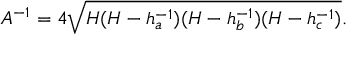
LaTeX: A ^ { - 1 } = 4 { \sqrt { H ( H - h _ { a } ^ { - 1 } ) ( H - h _ { b } ^ { - 1 } ) ( H - h _ { c } ^ { - 1 } ) } } .